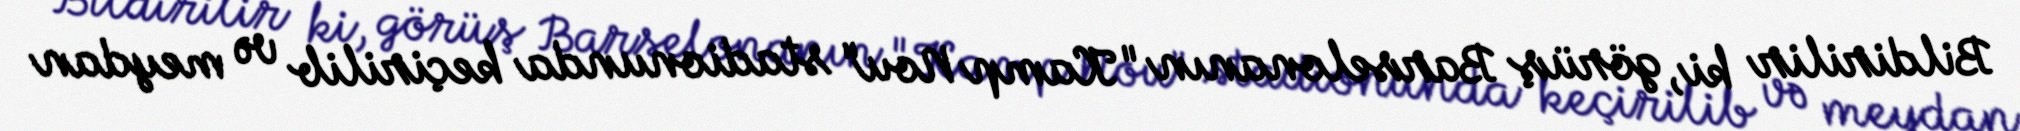
Bildirilir ki, görüş Barselonanın "Kamp Nou" stadionunda keçirilib və meydan